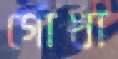
গোখা